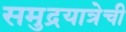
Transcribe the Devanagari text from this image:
समुद्रयात्रेची